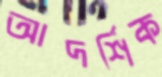
আদর্শিক